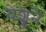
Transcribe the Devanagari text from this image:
येशूने